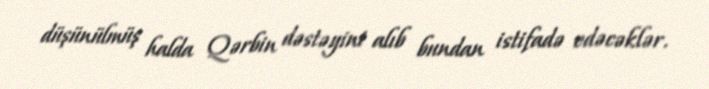
düşünülmüş halda Qərbin dəstəyini alıb bundan istifadə edəcəklər.